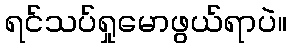
ရင်သပ်ရှုမောဖွယ်ရာပဲ။